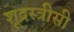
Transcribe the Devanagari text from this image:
शूद्रस्त्रीसी